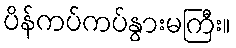
ပိန်ကပ်ကပ်နွားမကြီး။